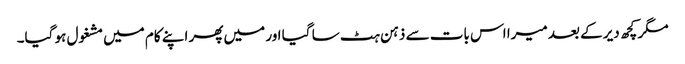
مگر کچھ دیر کے بعد میرا اس بات سے ذہن ہٹ سا گیا اور میں پھر اپنے کام میں مشغول ہو گیا۔